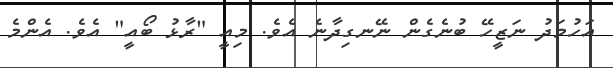
އަހުމަދު ނަޒީހޭ ބުނެގެން ނޭނގިދާނެ އެވެ. މިއީ "ރާޅު ބޯއީ" އެވެ. އެންމެ